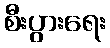
စီးပွားရေး